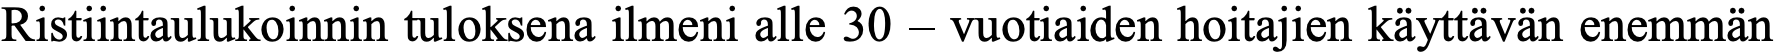
Ristiintaulukoinnin tuloksena ilmeni alle 30 – vuotiaiden hoitajien käyttävän enemmän